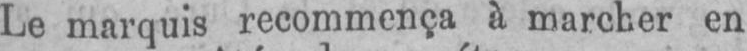
Le marquis recommença à marcher en